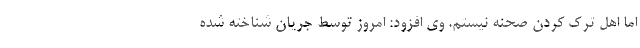
اما اهل ترک کردن صحنه نیستم. وی افزود: امروز توسط جریان شناخته شده